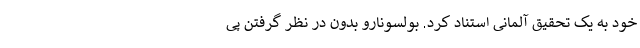
خود به یک تحقیق آلمانی استناد کرد. بولسونارو بدون در نظر گرفتن پی